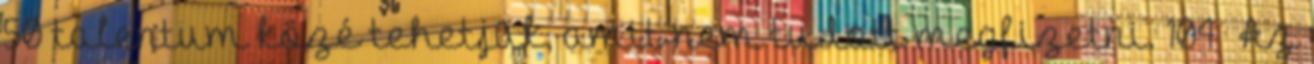
50 talentum közé tehetjük, amit nem tudott megfizetni. 104 Az